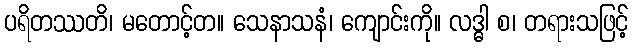
ပရိတဿတိ၊ မတောင့်တ။ သေနာသနံ၊ ကျောင်းကို။ လဒ္ဓါ စ၊ တရားသဖြင့်